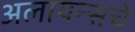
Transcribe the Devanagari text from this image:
अलायन्सचे